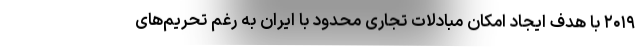
۲۰۱۹ با هدف ایجاد امکان مبادلات تجاری محدود با ایران به رغم تحریم‌های